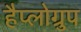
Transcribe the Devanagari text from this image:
हैप्लोग्रुप